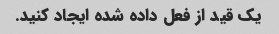
یک قید از فعل داده شده ایجاد کنید.